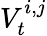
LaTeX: V_{t}^{i,j}